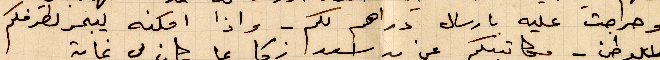
وحراجت عليه بارسال دراهم لكم - واذا امكنه ايبحر لطرفكم